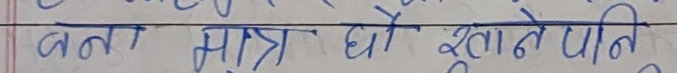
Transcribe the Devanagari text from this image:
बना मात्र धो खाने पनि